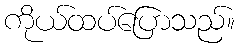
ကိုယ်ထပ်ပြောသည်။